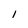
Character: 1